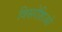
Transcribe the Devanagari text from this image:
विसरेशिओ